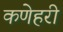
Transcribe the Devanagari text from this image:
कणेहरी